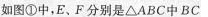
4如图①中，E、F分别是△ABC中BC